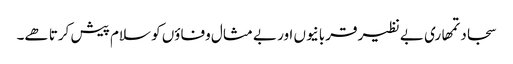
سجاد تمھاری بے نظیر قربانیوں اور بے مثال وفاؤں کو سلام پیش کرتا ھے۔